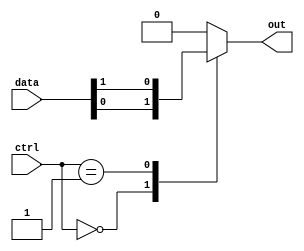
module mux_512_1(
  input wire [511:0] data,
  input wire [8:0] ctrl,
  output reg out
);

always @(*) begin
  case(ctrl)
    9'b000000000: out = data[0];
    9'b000000001: out = data[1];
    // Continue for all 512 cases
    default: out = 0; // Default case if control signals do not match
  endcase
end

endmodule